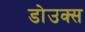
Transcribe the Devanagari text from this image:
डोउक्स